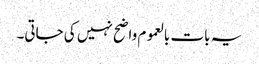
یہ بات بالعموم واضح نہیں کی جاتی۔